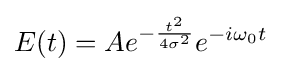
E(t)=Ae^{-{\frac {t^{2}}{4\sigma ^{2}}}}e^{-i\omega _{0}t}